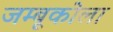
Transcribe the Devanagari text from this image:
जम्बूकोला